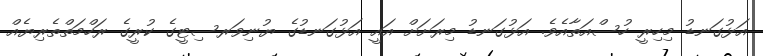
އަޅުގަނޑު މިހިރީ ހުސްއަތާއެވެ. އަޅުގަނޑު މިރަށަށް އައީ އަޅުގަނޑުގެ ޔުނިވަރސިޓީގެ ކުރީގެ ރަހްމަތްތެރިޔެއް